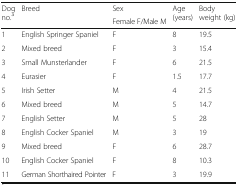
| <ROWSPAN=2> Dog no.a | <ROWSPAN=2> Breed | Sex | <ROWSPAN=2> Age (years) | <ROWSPAN=2> Body weight (kg) |
 | Female F/Male M |
 | --- | --- | --- | --- | --- |
 | 1 | English Springer Spaniel | F | 8 | 19.5 |
 | 2 | Mixed breed | F | 3 | 15.4 |
 | 3 | Small Munsterlander | F | 6 | 21.5 |
 | 4 | Eurasier | F | 1.5 | 17.7 |
 | 5 | Irish Setter | M | 4 | 21.5 |
 | 6 | Mixed breed | M | 5 | 14.7 |
 | 7 | English Setter | M | 5 | 28 |
 | 8 | English Cocker Spaniel | M | 3 | 19 |
 | 9 | Mixed breed | F | 6 | 28.7 |
 | 10 | English Cocker Spaniel | F | 8 | 10.3 |
 | 11 | German Shorthaired Pointer | F | 3 | 19.9 |